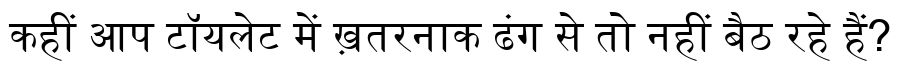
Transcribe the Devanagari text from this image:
कहीं आप टॉयलेट में ख़तरनाक ढंग से तो नहीं बैठ रहे हैं?